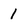
Character: 1